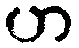
ဟ